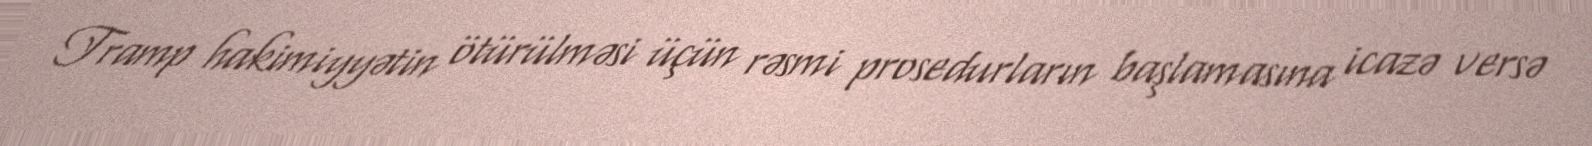
Tramp hakimiyyətin ötürülməsi üçün rəsmi prosedurların başlamasına icazə versə